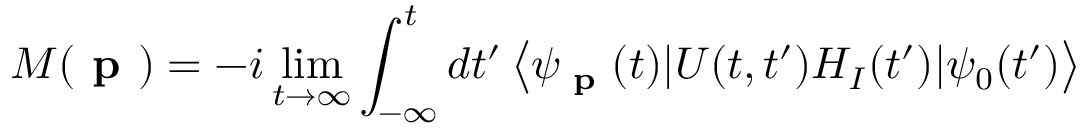
M ( \textbf { p } ) = - i \operatorname* { l i m } _ { t \rightarrow \infty } \int _ { - \infty } ^ { t } d t ^ { \prime } \left\langle \psi _ { \textbf { p } } ( t ) | U ( t , t ^ { \prime } ) H _ { I } ( t ^ { \prime } ) | \psi _ { 0 } ( t ^ { \prime } ) \right\rangle